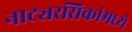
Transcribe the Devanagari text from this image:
नाट्यरसिकांमध्ये